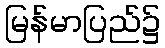
မြန်မာပြည်၌